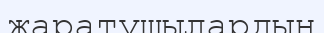
жаратушылардың